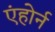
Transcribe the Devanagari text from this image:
एंहोर्न